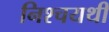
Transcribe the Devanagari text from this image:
निश्चयथी